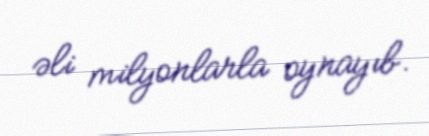
əli milyonlarla oynayıb.